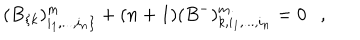
( B _ { \{ k } ) _ { i _ { 1 } , . . . , i _ { n } \} } ^ { m } + ( n + 1 ) ( B ^ { - } ) _ { k , i _ { 1 } , . . . , i _ { n } } ^ { m } = 0 ,